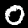
Label: 0